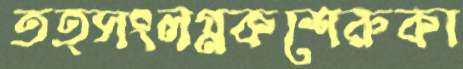
তত্সংলগ্নকশেরুকা